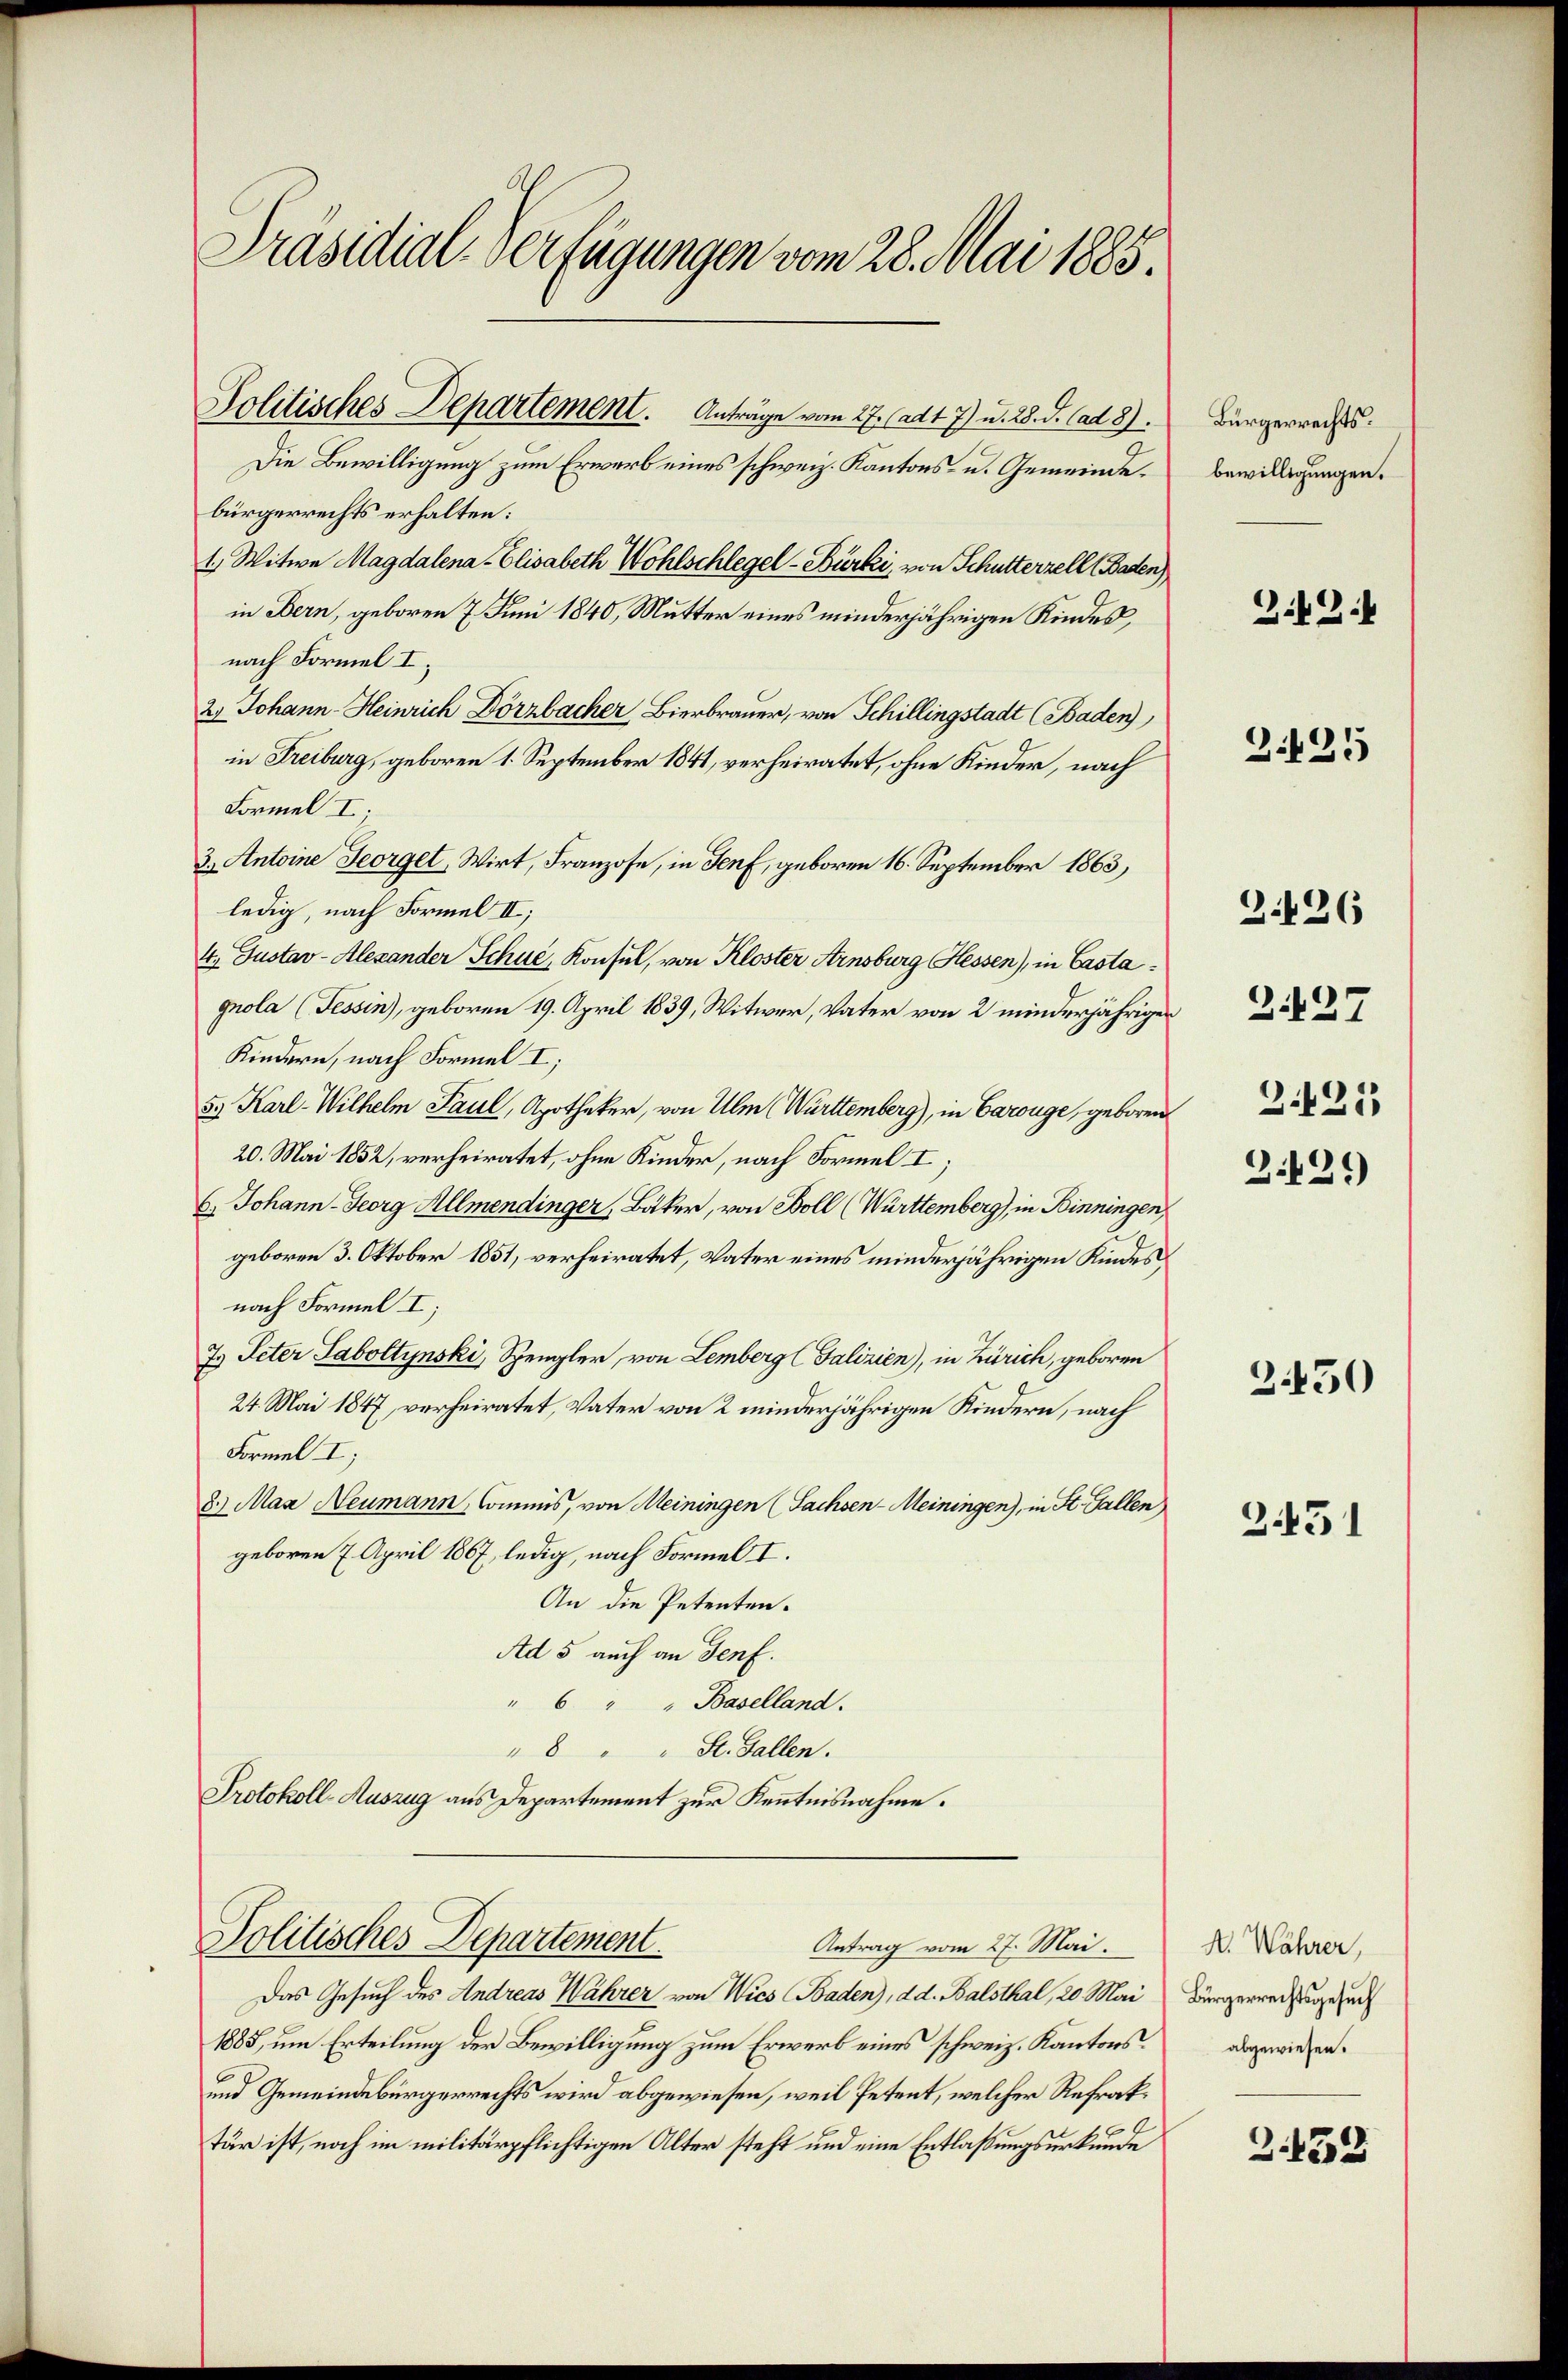
Präsidial-Verfügungen vom 28. Mai 1885.

Politisches Departement. Anträge vom 27. Adt 7) u. 28. d. Cat 8).
Die Bewilligung zum Erwarb eines schweiz. Kantons- u. Gemeindebürgerrechts erhalten:
1. Mitwe Magdalena Elisabeth Wohlschlegel-Bürki, von Schutterzell (Baden),
in Bern, geboren 7. Juni 1840, Mutter eines minderjährigen Kindes,
nach Formel I;
2) Johann-Heinrich Dörzbacher Bierbrauer, von Schillingstadt (Baden),
in Freiburg, geboren 1. September 1841, verheiratet, ohne Kinder, nach
Formel I;
3. Antoine Georget, Wirt, Franzose, in Genf, geboren 16. September 1863,
ledig, nach Formel II;
4. Justav Alexander Schue, Konsul, von Kloster Arnsburg Hessen), in Castagnola (Tessin), geboren 19. April 1839, Witwer, Vater von 2 minderjähriger
Kindern, nach Formel I;
5. Karl-Wilhelm Paul, Apotheker, von Ulm (Württemberg), in Carouge, geboren
20. Mai 1852, verheiratet, ohne Kinder, nach Formel I;
6. Johann - Georg Allmendinger, Bäker, von Boll (Württemberg), in Binningen,
geboren 3. Oktober 1851, verheiratet, Vater eines minderjährigen Kindes
nach Formel I;
7. Peter Taboltynski, Spengler, von Lemberg (Falizien), in Zürich, geboren
24. Mai 1847, verheiratet, Vater von 2 minderjährigen Kindern, nach
Formel I;
8) Man Neumann, Commis, von Meiningen (Sachsen-Meiningen), in St. Gallen
geboren 7. April 1867, ledig, nach Formel I.
An die Petenten.
Ad 5 auch an Genf.
" 6 " " Baselland.
"8 " " St. Gallen.
Protokoll-Auszug aus Departement zur Kenntnisnahme.

Politisches Departement.
Antrag vom 27. Mai.
Das Gesuch des Andreas Währer von Wies Baden), d. d. Balsthal, 20. Mai

1883, um Erteilung der Bewilligung zum Erwerb eines schweiz. Kantons¬
und Gemeindebürgerrechts wird abgewiesen, weil Petent, welcher Refraktär ist, noch im militärpflichtigen Alter steht und eine Entlaßungsurkunde

Bürgerrechtsbewilligungen.

Z.42.

Z.425

Z.126

3.425

.437

3.429)

3450

2.431

N. Währer,
Bürgerrechtsgesuch
abgewiesen.

.132